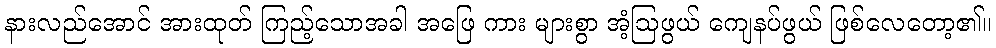
နားလည်အောင် အားထုတ် ကြည့်သောအခါ အဖြေ ကား များစွာ အံ့ဩဖွယ် ကျေနပ်ဖွယ် ဖြစ်လေတော့၏။